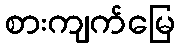
စားကျက်မြေ